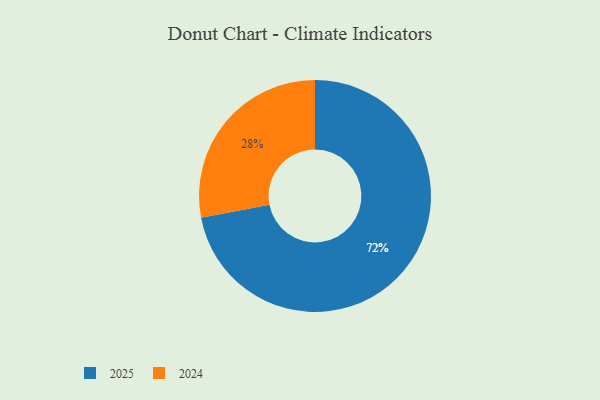
{"axis": {"x": "Category", "y": "Percentage"}, "legend": ["2024", "2025"], "data": [{"x": "2025", "y": 72, "type": "2025"}, {"x": "2024", "y": 28, "type": "2024"}]}